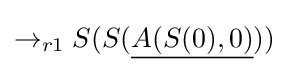
\rightarrow _{r1}S(S({\underline {A(S(0),0)}}))